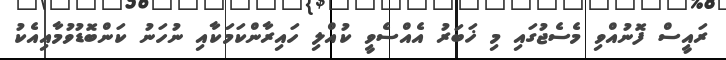
ރައީސް ފޮނުއްވި މެސެޖުގައި މި ޚަބަރު އެއްސެވީ ކުއްލި ހައިރާންކަމަކާއި ނުހަނު ކަންބޮޑުވުމާއިއެކު